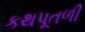
કથપૂતળી